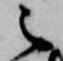
之